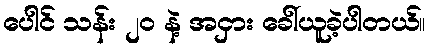
ပေါင် သန်း ၂၀ နဲ့ အငှား ခေါ်ယူခဲ့ပါတယ်။